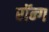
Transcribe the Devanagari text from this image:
रॉन्ग